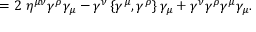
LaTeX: = 2 \ \eta ^ { \mu \nu } \gamma ^ { \rho } \gamma _ { \mu } - \gamma ^ { \nu } \left\{ \gamma ^ { \mu } , \gamma ^ { \rho } \right\} \gamma _ { \mu } + \gamma ^ { \nu } \gamma ^ { \rho } \gamma ^ { \mu } \gamma _ { \mu } .